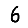
Digit: 6